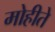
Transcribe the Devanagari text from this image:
मोहीते